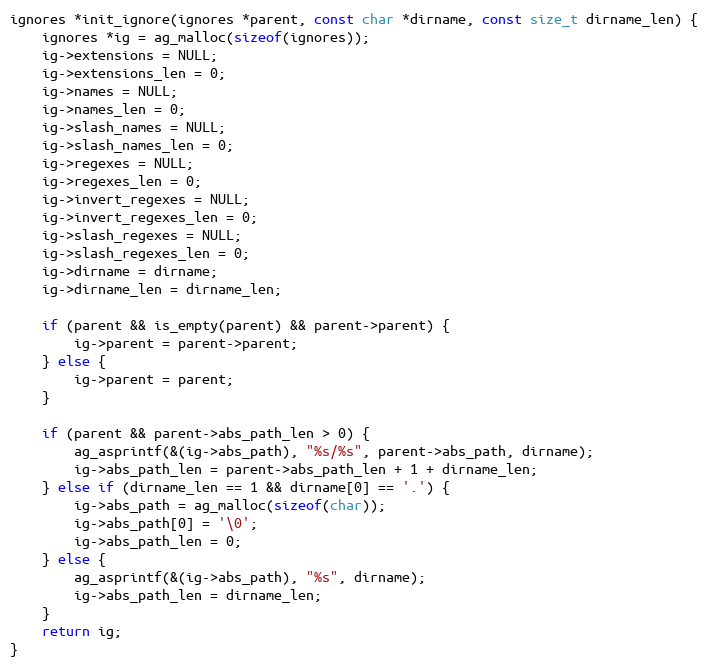
Language: C
ignores *init_ignore(ignores *parent, const char *dirname, const size_t dirname_len) {
    ignores *ig = ag_malloc(sizeof(ignores));
    ig->extensions = NULL;
    ig->extensions_len = 0;
    ig->names = NULL;
    ig->names_len = 0;
    ig->slash_names = NULL;
    ig->slash_names_len = 0;
    ig->regexes = NULL;
    ig->regexes_len = 0;
    ig->invert_regexes = NULL;
    ig->invert_regexes_len = 0;
    ig->slash_regexes = NULL;
    ig->slash_regexes_len = 0;
    ig->dirname = dirname;
    ig->dirname_len = dirname_len;

    if (parent && is_empty(parent) && parent->parent) {
        ig->parent = parent->parent;
    } else {
        ig->parent = parent;
    }

    if (parent && parent->abs_path_len > 0) {
        ag_asprintf(&(ig->abs_path), "%s/%s", parent->abs_path, dirname);
        ig->abs_path_len = parent->abs_path_len + 1 + dirname_len;
    } else if (dirname_len == 1 && dirname[0] == '.') {
        ig->abs_path = ag_malloc(sizeof(char));
        ig->abs_path[0] = '\0';
        ig->abs_path_len = 0;
    } else {
        ag_asprintf(&(ig->abs_path), "%s", dirname);
        ig->abs_path_len = dirname_len;
    }
    return ig;
}